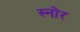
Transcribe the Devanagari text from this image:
स्नोर